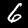
Label: 6